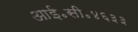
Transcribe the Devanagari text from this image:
आई॰सी॰४६३३